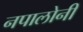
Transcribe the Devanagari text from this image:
नपालोनी